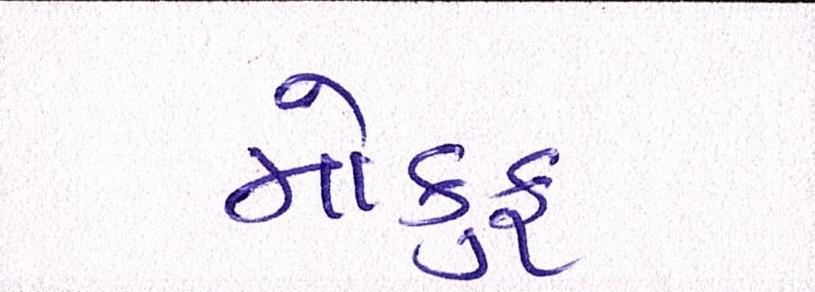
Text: મોકુફ